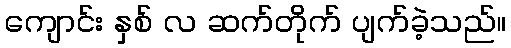
ကျောင်း နှစ် လ ဆက်တိုက် ပျက်ခဲ့သည်။